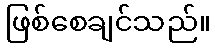
ဖြစ်စေချင်သည်။